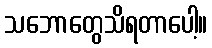
သဘောတွေသိရတာပေါ့။